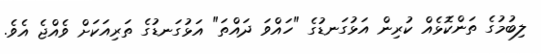
ލިބުމުގެ ތަންކޮޅެއް ކުރިން އަޅުގަނޑުގެ "ހައްވަ ދައްތަ" އަޅުގަނޑުގެ ތަރިއަކަށް ވެއްޖެ އެވެ.